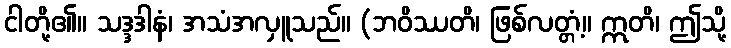
ငါတို့၏။ သဒ္ဒဒါနံ၊ အသံအလှူသည်။ (ဘဝိဿတိ၊ ဖြစ်လတ္တံ့။ ဣတိ၊ ဤသို့